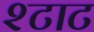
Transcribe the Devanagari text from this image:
श्टाट